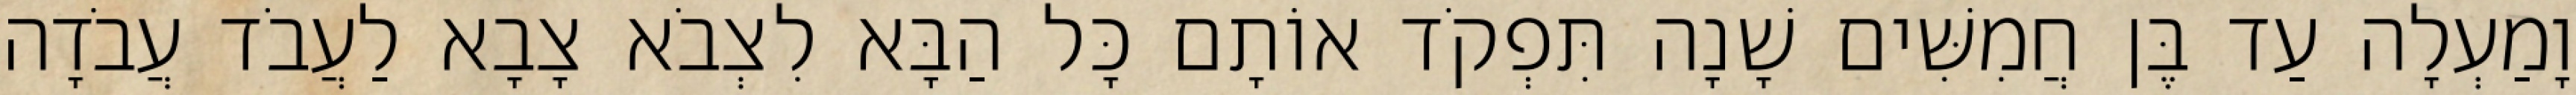
וָמַעְלָה עַד בֶּן חֲמִשִּׁים שָׁנָה תִּפְקֹד אוֹתָם כָּל הַבָּא לִצְבֹא צָבָא לַעֲבֹד עֲבֹדָה